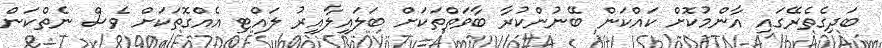
ބަދިގެތެރޭގައި އާންމުކޮށް ކައްކަން ބޭނުންކުރާ ބާވަތްތަކަށް ބަލައިލާއިރު ލައްޓި އެއްގޮތަކަށް ވެސް ނެތްކަން